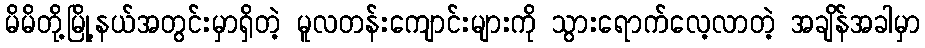
မိမိတို့မြို့နယ်အတွင်းမှာရှိတဲ့ မူလတန်းကျောင်းများကို သွားရောက်လေ့လာတဲ့ အချိန်အခါမှာ